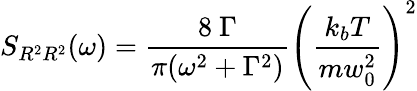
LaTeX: S_{R^{2}R^{2}}(\omega)=\frac{8\ \Gamma}{\pi(\omega^{2}+\Gamma^{2})}\left(\frac{k_{b}T}{mw_{0}^{2}}\right)^{2}